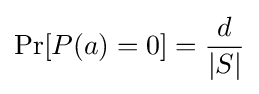
\Pr[P(a)=0]={\frac {d}{|S|}}